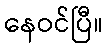
နေဝင်ပြီ။